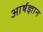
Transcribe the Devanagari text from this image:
आर्षज्ञान